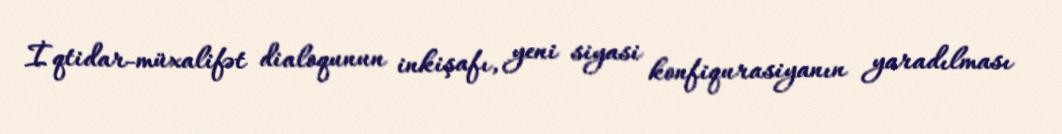
İqtidar-müxalifət dialoqunun inkişafı, yeni siyasi konfiqurasiyanın yaradılması